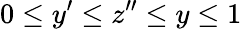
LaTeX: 0\leq y^{\prime}\leq z^{\prime\prime}\leq y\leq 1